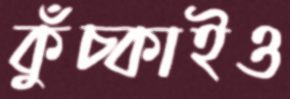
কুঁচ্‌কাইও